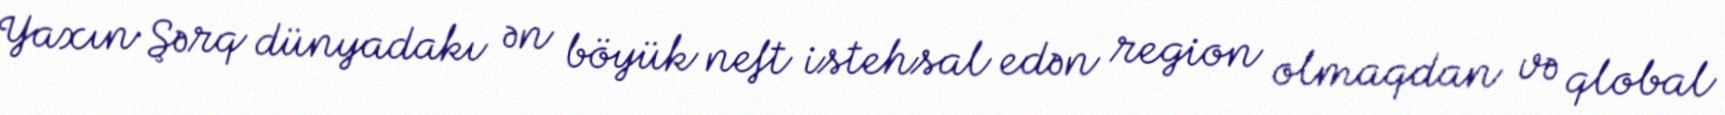
Yaxın Şərq dünyadakı ən böyük neft istehsal edən region olmaqdan və qlobal